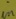
Text: in